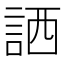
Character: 𧧍